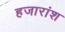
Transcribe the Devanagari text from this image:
हजारांश